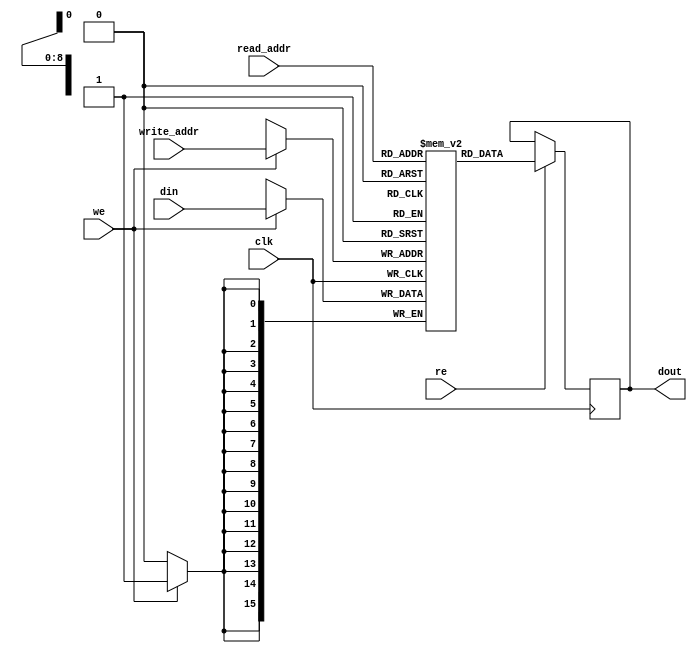
module ram_simple_dp_synch_rf_512x16_logic (clk, we,re, read_addr, write_addr, din, dout);
    input clk, we, re;
    input [8:0] read_addr, write_addr;
    input [15:0] din;
    output reg [15:0] dout;
    
    (* ram_style = "logic" *) 
    reg [15:0] ram [511:0];

    always @(posedge clk)
    begin
        if (we)
            ram[write_addr] <= din;
        if (re)
            dout <= ram[read_addr];
    end

endmodule